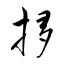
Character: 拸